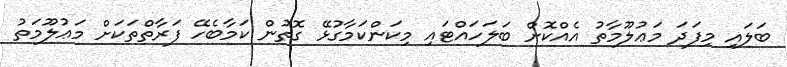
ބަލައި މިފަދަ މަޢުލޫމާތު އެއްކޮށް ބަލަހައްޓައި މިކަންކަމާގުޅޭ ގޮތުން ކަމާބެހޭ ފަރާތްތަކަށް މަޢުލޫމަތު